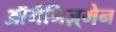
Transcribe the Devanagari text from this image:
ऑर्गैनिज़्मेन